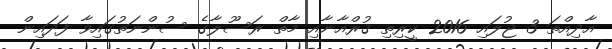
އާދިއްތަ 3 ޖުލައި 2016 ކީރިތި ޤުރްއާނާއި މާތް ރަސޫލާގެ ސުންނަތުގައިވާ ފަދައިން